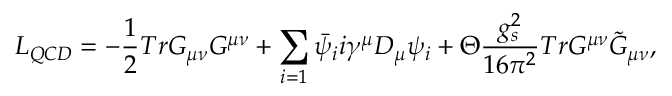
{ \cal L } _ { Q C D } = - \frac { 1 } { 2 } T r G _ { \mu \nu } G ^ { \mu \nu } + \sum _ { i = 1 } \bar { \psi } _ { i } i \gamma ^ { \mu } D _ { \mu } \psi _ { i } + \Theta \frac { g _ { s } ^ { 2 } } { 1 6 \pi ^ { 2 } } T r G ^ { \mu \nu } \tilde { G } _ { \mu \nu } ,